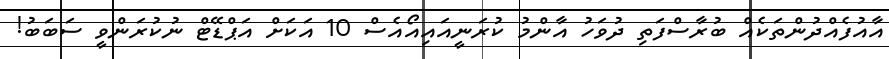
އާއުފެއްދުންތަކެއް ބުރާސްފަތި ދުވަހު އާންމު ކުރަނީއައިއޯއެސް 10 އަކަށް އަޕްޑޭޓް ނުކުރަންވީ ސަބަބު!